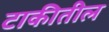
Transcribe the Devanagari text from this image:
टाकीतील